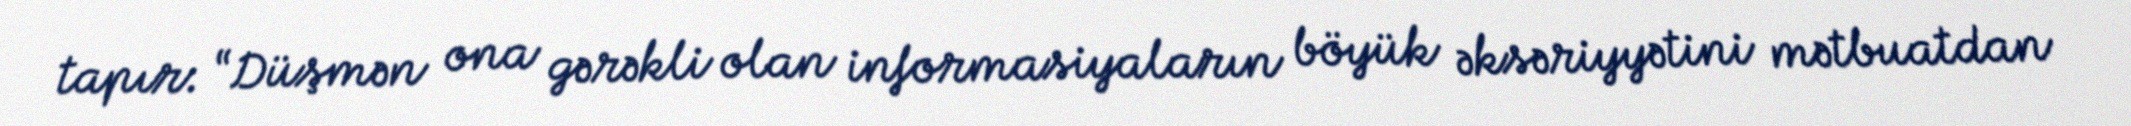
tapır: “Düşmən ona gərəkli olan informasiyaların böyük əksəriyyətini mətbuatdan